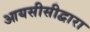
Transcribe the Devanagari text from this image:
आयसीसीद्वारा